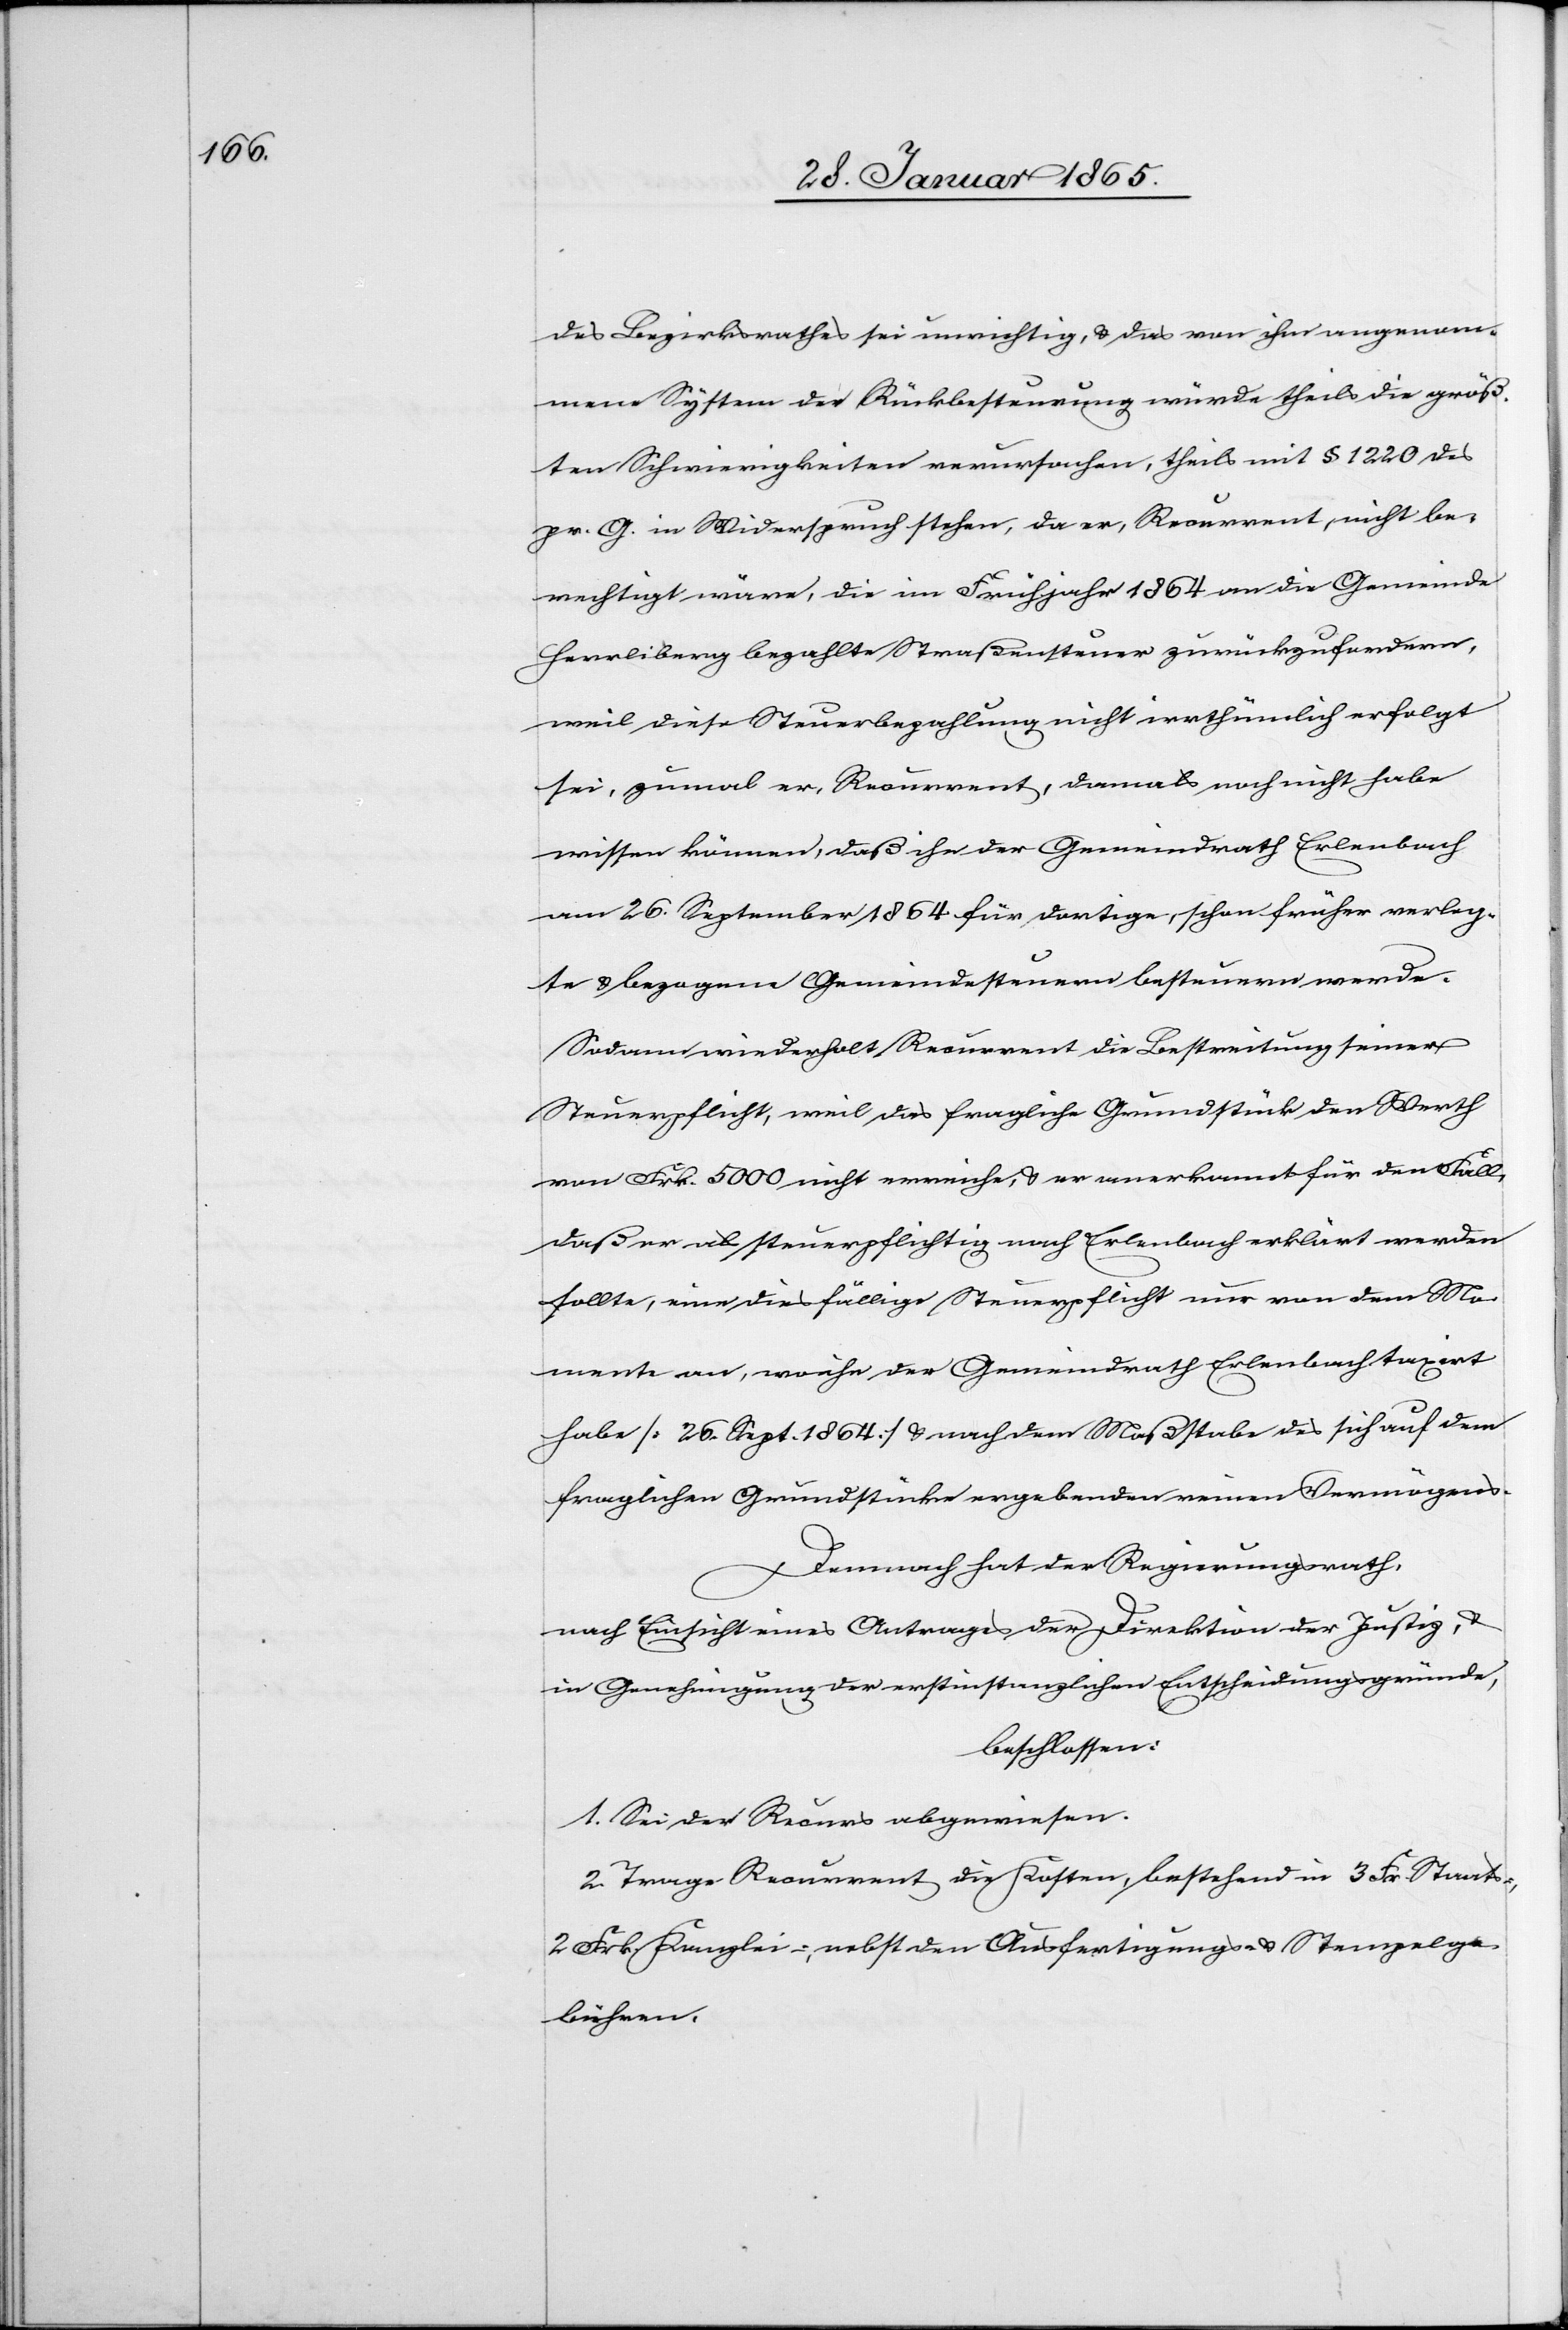
des Bezirksrathes sei unrichtig, u. das von ihm angenom¬
mene System der Rückbesteurung würde theils die größ¬
ten Schwierigkeiten verursachen, theils mit § 1220 des
pr. G. in Widerspruch stehen, da er, Recurrent, nicht be¬
rechtigt wäre, die im Frühjahr 1864 an die Gemeinde
Herrliberg bezahlte Straßensteuer zurückzufordern,
weil diese Steuerbezahlung nicht irrthümlich erfolgt
sei, zumal er, Recurrent, damals noch nicht habe
wissen können, daß ihn der Gemeindrath Erlenbach
am 26. September 1864 für dortige, schon früher verleg¬
te u. bezogene Gemeindesteuern besteuern werde.
Sodann wiederholt Recurrent die Bestreitung seiner
Steuerpflicht, weil das fragliche Grundstück den Werth
von Frk. 5000 nicht erreiche, u. er anerkannt[e] für den Fall,
daß er als steuerpflichtig nach Erlenbach erklärt werden
sollte, eine diesfällige Steuerpflicht nur von dem Mo¬
mente an, wo ihn der Gemeindrath Erlenbach taxirt
habe [26. Sept. 1864] u. nach dem Maßstabe des sich auf dem
fraglichen Grundstücke ergebenden reinen Vermögens.
Demnach hat der Regierungsrath,
nach Einsicht eines Antrages der Direktion der Justiz, u.
in Genehmigung der erstinstanzlichen Entscheidungsgründe,
beschlossen:
1. Sei der Recurs abgewiesen.
2. Trage Recurrent die Kosten, bestehend in 3 Fr. Staats-,
2 Frk. Kanzlei-, nebst den Ausfertigungs- u. Stempelge¬
bühren.